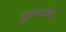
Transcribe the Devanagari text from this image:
जुडवाओं